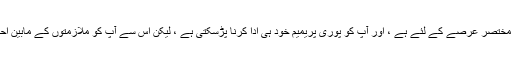
کوبرا صرف ایک مختصر عرصے کے لئے ہے ، اور آپ کو پوری پریمیم خود ہی ادا کرنا پڑسکتی ہے ، لیکن اس سے آپ کو ملازمتوں کے مابین احاطہ کرتا رہے گا۔